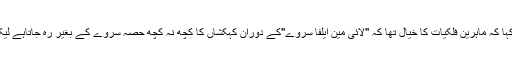
نیچرنامی سائنسی جرنل میں شائع ہونے والی تحقیق کے مصنف میتھیو ہائس نے کہا کہ ماہرین فلکیات کا خیال تھا کہ ''لائی مین ایلفا سروے''کے دوران کہکشاں کا کچھ نہ کچھ حصہ سروے کے بغیر رہ جاتاہے لیکن جو کچھ تازہ سروے سے معلوم ہوا ہے وہ ہمارے اندازے سے کہیں زیادہ ہے ۔